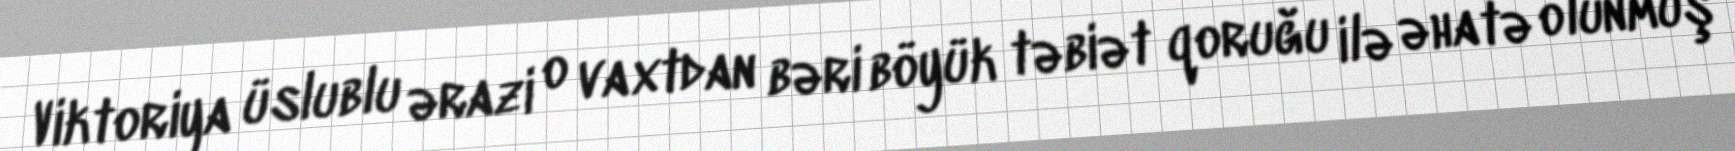
Viktoriya üslublu ərazi o vaxtdan bəri böyük təbiət qoruğu ilə əhatə olunmuş